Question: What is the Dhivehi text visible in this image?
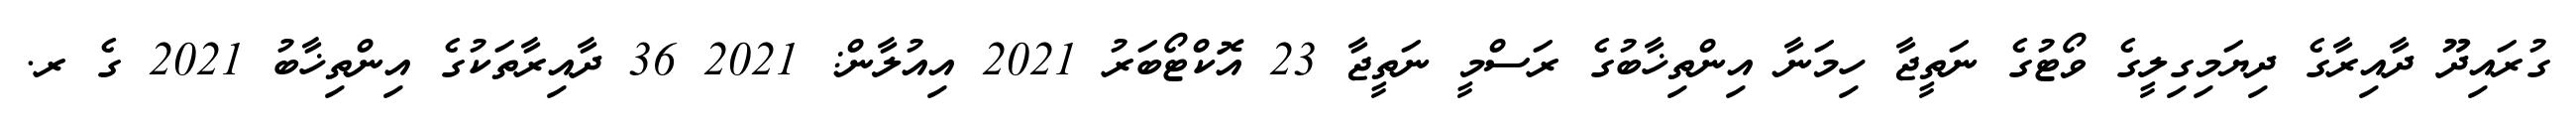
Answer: ގުރައިދޫ ދާއިރާގެ ދިޔަމިގިލީގެ ވޯޓުގެ ނަތީޖާ ހިމަނާ އިންތިޚާބުގެ ރަސްމީ ނަތީޖާ 23 އޮކްޓޯބަރު 2021 އިއުލާން: 2021 36 ދާއިރާތަކުގެ އިންތިޚާބު 2021 ގެ ރ.